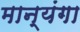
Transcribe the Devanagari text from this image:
मान्यंगा